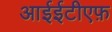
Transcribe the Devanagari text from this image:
आईईटीएफ़